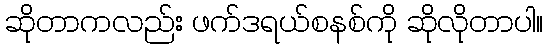
ဆိုတာကလည်း ဖက်ဒရယ်စနစ်ကို ဆိုလိုတာပါ။